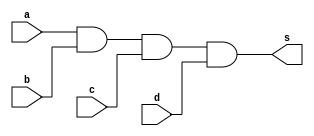
// --------------------------
// Exemplo0013 - AND
// Nome: Isabel Bicalho Amaro
// --------------------------
 

// --------------------------
// -- and gate
// --------------------------
  module andgate(output s, input a,b,c,d);
     assign s=a&b&c&d;
  endmodule // andgate  
  
  
// --------------------------
// -- test and gate
// --------------------------
  module testandgate;
  

// -------------------------- dados locais
  reg  a,b,c,d;
  wire s;
  
  
// -------------------------- instancia
  andgate AND1(s,a,b,c,d);
  

// -------------------------- preparacao
  initial begin:start
    a=0; b=0; c=0; d=0;
  end
  

// -------------------------- parte principal
  initial begin:main
        $display("Exemplo0013 - Isabel Bicalho Amaro - 451580");
        $display("Test AND gate");
        $display("\na  b  c  d  (a & b & c & d) = s\n");
		  $monitor("%b  %b  %b  %b  (a & b & c & d) = %b",a,b,c,d,s);
  #1 a=0; b=0; c=0; d=0;              
  #1 a=0; b=0; c=0; d=1;
  #1 a=0; b=0; c=1; d=0;
  #1 a=0; b=0; c=1; d=1;
  #1 a=0; b=1; c=0; d=0;
  #1 a=0; b=1; c=0; d=1;
  #1 a=0; b=1; c=1; d=0;
  #1 a=0; b=1; c=1; d=1;
  #1 a=1; b=0; c=0; d=0;              
  #1 a=1; b=0; c=0; d=1;
  #1 a=1; b=0; c=1; d=0;
  #1 a=1; b=0; c=1; d=1;
  #1 a=1; b=1; c=0; d=0;
  #1 a=1; b=1; c=0; d=1;
  #1 a=1; b=1; c=1; d=0;
  #1 a=1; b=1; c=1; d=1;
  end
  
endmodule // testandgate

 // -------------------
 // -- Testes
 // -------------------
 
// --    Exemplo0013 - Isabel Bicalho Amaro - 451580
// --    Test AND gate
// --    
// --    a  b  c  d  (a & b & c & d) = s
// --    
// --    0  0  0  0  (a & b & c & d) = 0
// --    0  0  0  1  (a & b & c & d) = 0
// --    0  0  1  0  (a & b & c & d) = 0
// --    0  0  1  1  (a & b & c & d) = 0
// --    0  1  0  0  (a & b & c & d) = 0
// --    0  1  0  1  (a & b & c & d) = 0
// --    0  1  1  0  (a & b & c & d) = 0
// --    0  1  1  1  (a & b & c & d) = 0
// --    1  0  0  0  (a & b & c & d) = 0
// --    1  0  0  1  (a & b & c & d) = 0
// --    1  0  1  0  (a & b & c & d) = 0
// --    1  0  1  1  (a & b & c & d) = 0
// --    1  1  0  0  (a & b & c & d) = 0
// --    1  1  0  1  (a & b & c & d) = 0
// --    1  1  1  0  (a & b & c & d) = 0
// --    1  1  1  1  (a & b & c & d) = 1